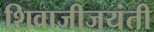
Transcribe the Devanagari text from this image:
शिवाजीजयंती